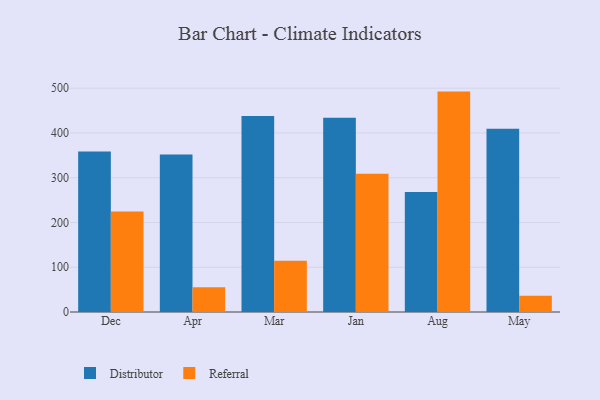
{"axis": {"x": "Month", "y": "Satisfaction Score"}, "legend": ["Distributor", "Referral"], "data": [{"x": "Dec", "y": 358.6, "type": "Distributor"}, {"x": "Dec", "y": 224.6, "type": "Referral"}, {"x": "Apr", "y": 352.0, "type": "Distributor"}, {"x": "Apr", "y": 55.2, "type": "Referral"}, {"x": "Mar", "y": 438.2, "type": "Distributor"}, {"x": "Mar", "y": 114.5, "type": "Referral"}, {"x": "Jan", "y": 434.0, "type": "Distributor"}, {"x": "Jan", "y": 308.9, "type": "Referral"}, {"x": "Aug", "y": 268.2, "type": "Distributor"}, {"x": "Aug", "y": 492.5, "type": "Referral"}, {"x": "May", "y": 409.7, "type": "Distributor"}, {"x": "May", "y": 36.1, "type": "Referral"}]}